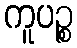
ကူပဉ္စ